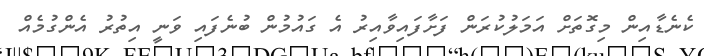
ކެނެޑާއިން މިގޮތަށް އަަމަލުކުރަން ފަށާފައިވާއިރު އެ ގައުމުން ބުނެފައި ވަނީ އިތުރު އެންގުމެއް